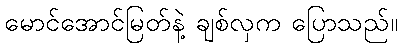
မောင်အောင်မြတ်နဲ့ ချစ်လှက ပြောသည်။